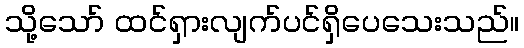
သို့သော် ထင်ရှားလျက်ပင်ရှိပေသေးသည်။